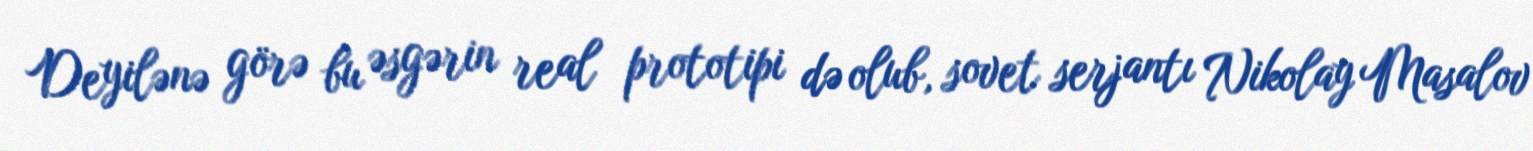
Deyilənə görə bu əsgərin real prototipi də olub, sovet serjantı Nikolay Masalov